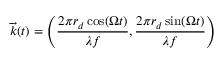
\overrightarrow { k } ( t ) = \left( \frac { 2 \pi r _ { d } \cos ( \Omega t ) } { \lambda f } , \frac { 2 \pi r _ { d } \sin ( \Omega t ) } { \lambda f } \right)